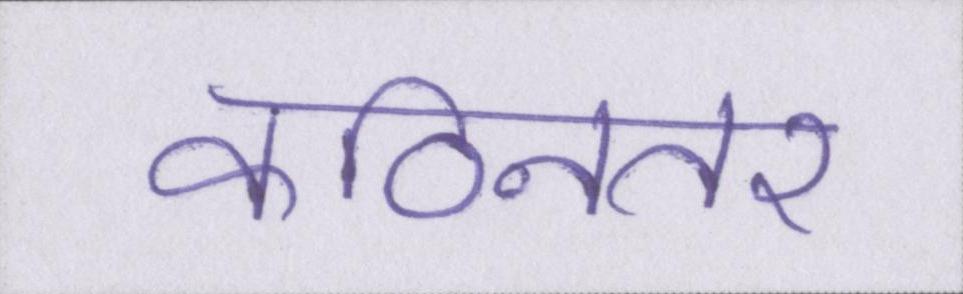
कठिनतर